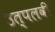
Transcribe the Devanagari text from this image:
उत्पलवी